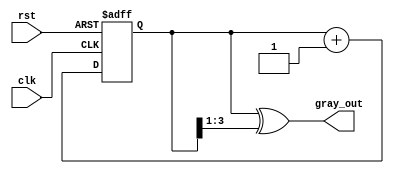
module gray_code_counter (
    input wire clk,            // Clock input
    input wire rst,            // Reset input
    output reg [N-1:0] gray_out // Gray code output
);
    parameter N = 4; // Parameter for counter bit-width (change as needed)

    reg [N-1:0] bin_count; // Internal binary counter

    // Binary to Gray code conversion
    function [N-1:0] bin_to_gray(input [N-1:0] bin);
        begin
            bin_to_gray = bin ^ (bin >> 1);
        end
    endfunction

    always @(posedge clk or posedge rst) begin
        if (rst) begin
            bin_count <= 0; // Reset binary count to 0
        end else begin
            bin_count <= bin_count + 1; // Increment binary count
        end
    end

    // Update Gray code output based on binary count
    always @* begin
        gray_out = bin_to_gray(bin_count); // Convert to Gray code
    end

endmodule